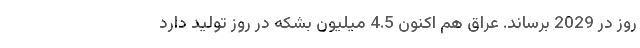
روز در 2029 برساند. عراق هم اکنون 4.5 میلیون بشکه در روز تولید دارد